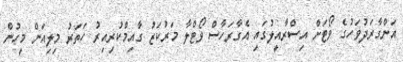
އަންގާރަދުވަހުގެ ވޯޓަށް އިސްރާއީލުގައި އެގާރަހާސް ވޯޓްލާ މަރުކަޒު ގާއިމްކުރިއިރު ހަތަރު މިލިއަން މީހުން